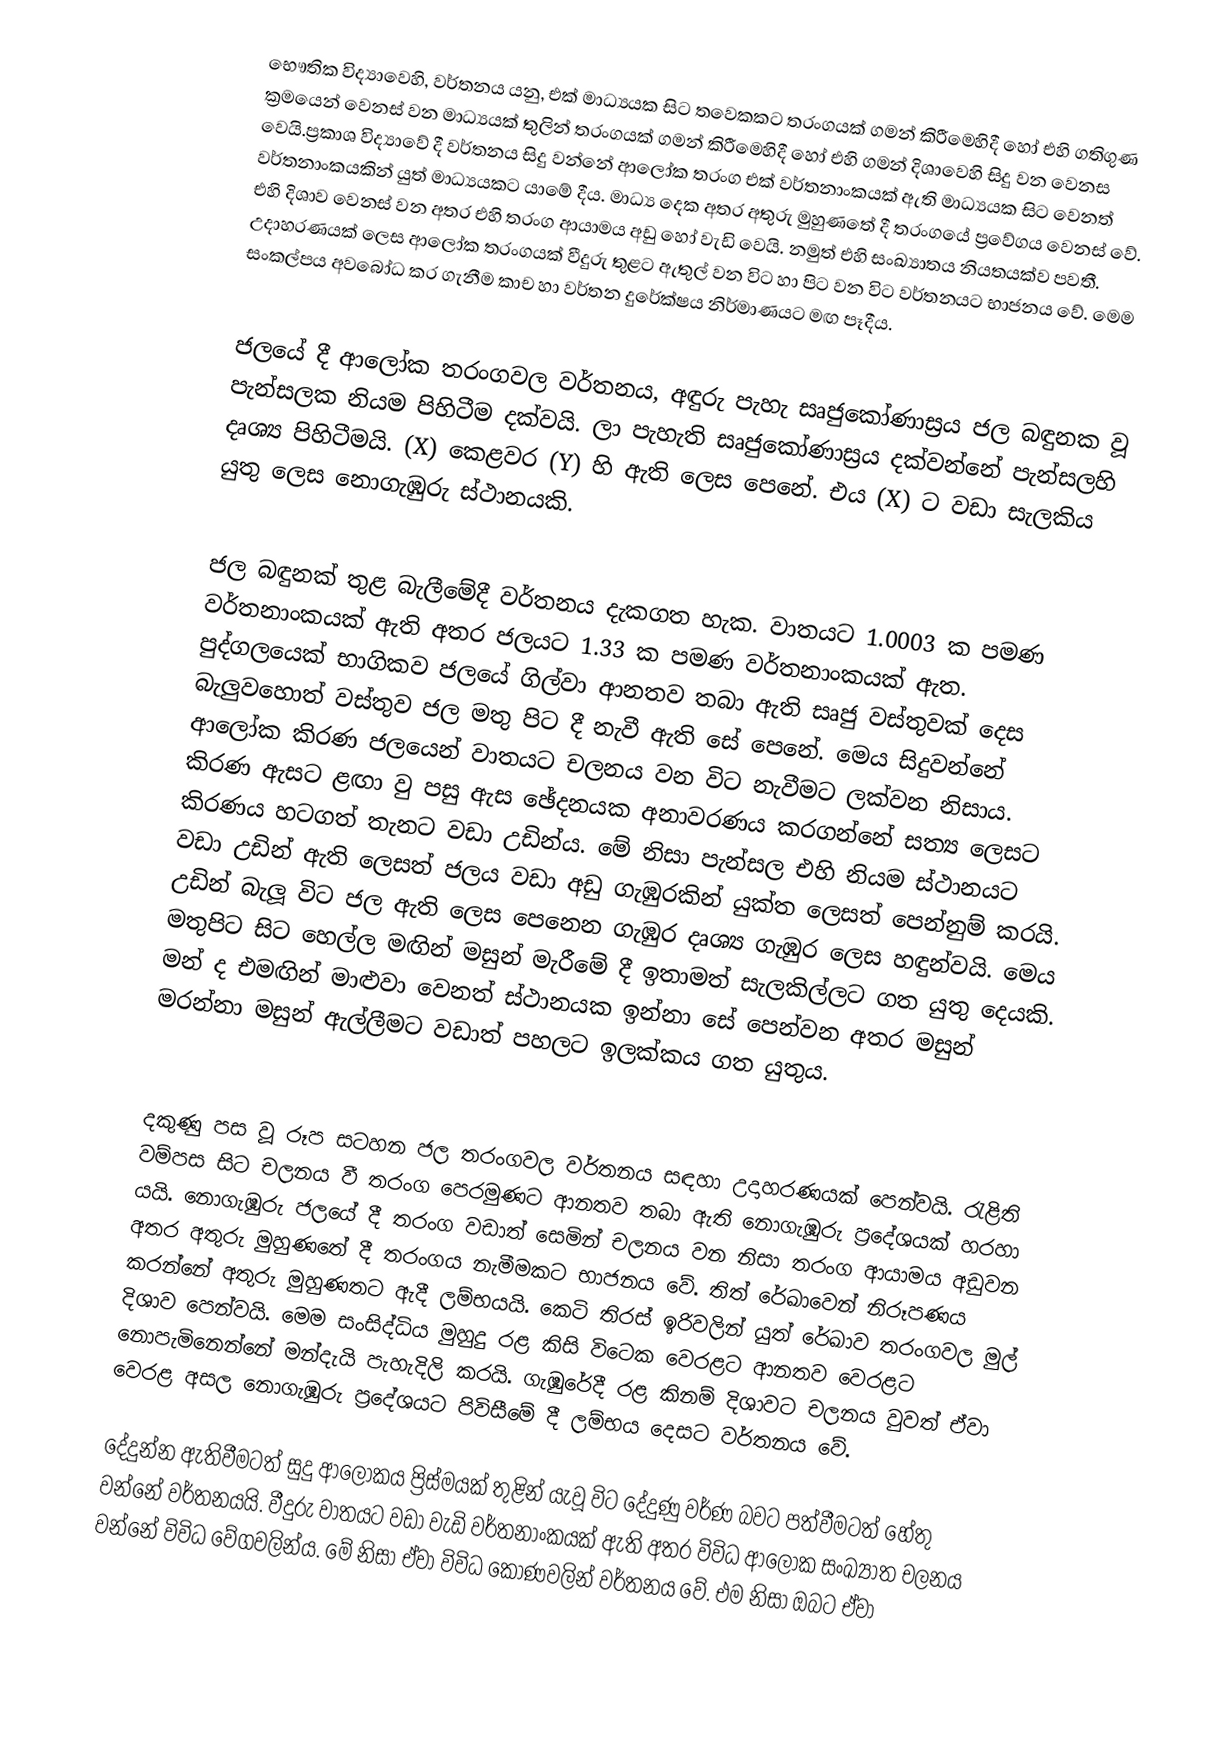
භෞතික විද්‍යාවෙහි, වර්තනය යනු, එක් මාධ්‍යයක සිට තවෙකකට තරංගයක්  ගමන් කිරීමෙහිදී හෝ එහි ගතිගුණ ක්‍රමයෙන් වෙනස් වන මාධ්‍යයක් තුලින් තරංගයක් ගමන් කිරීමෙහිදී හෝ  එහි ගමන් දිශාවෙහි සිදු වන වෙනස වෙයි.ප්‍රකාශ විද්‍යාවේ දී වර්තනය සිදු වන්නේ ආලෝක තරංග එක් වර්තනාංකයක් ඇති මාධ්‍යයක සිට වෙනත් වර්තනාංකයකින් යුත් මාධ්‍යයකට යාමේ දීය. මාධ්‍ය දෙක අතර අතුරු මුහුණතේ දී තරංගයේ ප්‍රවේගය වෙනස් වේ. එහි දිශාව වෙනස් වන අතර එහි තරංග ආයාමය අඩු හෝ වැඩි වෙයි. නමුත් එහි සංඛ්‍යාතය නියතයක්ව පවතී. උදාහරණයක් ලෙස ආලෝක තරංගයක් වීදුරු තුළට ඇතුල් වන විට හා පිට වන විට වර්තනයට භාජනය වේ. මෙම සංකල්පය අවබෝධ කර ගැනීම කාච හා වර්තන දුරේක්ෂය නිර්මාණයට මඟ පෑදීය.

ජලයේ දී ආලෝක තරංගවල වර්තනය, අඳුරු පැහැ සෘජුකෝණාස්‍රය ජල බඳුනක වූ පැන්සලක නියම පිහිටීම දක්වයි. ලා පැහැති සෘජුකෝණාස්‍රය දක්වන්නේ පැන්සලහි දෘශ්‍ය පිහිටීමයි. (X) කෙළවර (Y) හි ඇති ලෙස පෙනේ. එය (X) ට වඩා සැලකිය යුතු ලෙස නොගැඹුරු ස්ථානයකි.

ජල බඳුනක් තුළ බැලීමේදී වර්තනය දැකගත හැක. වාතයට 1.0003 ක පමණ වර්තනාංකයක් ඇති අතර ජලයට 1.33 ක පමණ වර්තනාංකයක් ඇත. පුද්ගලයෙක් භාගිකව ජලයේ ගිල්වා ආනතව තබා ඇති සෘජු වස්තුවක් දෙස බැලුවහොත් වස්තුව ජල මතු පිට දී නැවී ඇති සේ පෙනේ. මෙය සිදුවන්නේ ආලෝක කිරණ ජලයෙන් වාතයට චලනය වන විට නැවීමට ලක්වන නිසාය. කිරණ ඇසට ළඟා වු පසු ඇස ඡේදනයක අනාවරණය කරගන්නේ සත්‍ය ලෙසට කිරණය හටගත් තැනට වඩා උඩින්ය. මේ නිසා පැන්සල එහි නියම ස්ථානයට වඩා උඩින් ඇති‍ ලෙසත් ජලය වඩා අඩු ගැඹුරකින් යුක්ත ලෙසත් පෙන්නුම් කරයි. උඩින් බැලූ විට ජල ඇති ලෙස පෙනෙන ගැඹුර දෘශ්‍ය ගැඹුර ලෙස හඳුන්වයි. මෙය මතුපිට සිට හෙල්ල මඟින් මසුන් මැරීමේ දී ඉතාමත් සැලකිල්ලට ගත යුතු දෙයකි. මන් ද එමඟින් මාළුවා වෙනත් ස්ථානයක ඉන්නා සේ පෙන්වන අතර මසුන් මරන්නා මසුන් ඇල්ලීමට වඩාත් පහලට ඉලක්කය ගත යුතුය.

දකුණු පස වූ රූප සටහන ජල තරංගවල වර්තනය සඳහා උදාහරණයක් පෙන්වයි. රැළිති වම්පස සිට චලනය වී තරංග පෙරමුණට ආනතව තබා ඇති නොගැඹුරු ප්‍රදේශයක් හරහා යයි. නොගැඹුරු ජලයේ දී තරංග වඩාත් සෙමින් චලනය වන නිසා තරංග ආයාමය අඩුවන අතර අතුරු මුහුණතේ දී තරංගය නැමීමකට භාජනය වේ. තිත් රේඛාවෙන් නිරූපණය කරන්නේ අතුරු මුහුණතට ඇදී ලම්භයයි. කෙටි තිරස් ඉරිවලින් යුත් රේඛාව තරංගවල මුල් දිශාව පෙන්වයි. මෙම සංසිද්ධිය මුහුදු රළ කිසි විටෙක වෙරළට ආනතව වෙරළට නොපැමිනෙන්නේ මන්දැයි පැහැදිලි කරයි. ගැඹුරේදී රළ කිනම් දිශාවට චලනය වුවත් ඒවා වෙරළ අසල නොගැඹුරු ප්‍රදේශයට පිවිසීමේ දී ලම්භය දෙසට වර්තනය වේ.

දේදුන්න ඇතිවීමටත් සුදු ආලෝකය ප්‍රිස්මයක් තුළින් යැවූ විට දේදුණු වර්ණ බවට පත්වීමටත් හේතු වන්නේ වර්තනයයි. වීදුරු වාතයට වඩා වැඩි වර්තනාංකයක් ඇති අතර විවිධ ආලෝක සංඛ්‍යාත චලනය වන්නේ විවිධ වේගවලින්ය. මේ නිසා ඒවා විවිධ කෝණවලින් වර්තනය වේ. එම නිසා ඔබට ඒවා